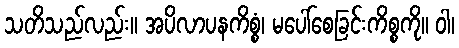
သတိသည်လည်း။ အပိလာပနကိစ္စံ၊ မပေါ်စေခြင်းကိစ္စကို။ ဝါ၊